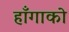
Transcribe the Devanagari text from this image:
हाँगाको